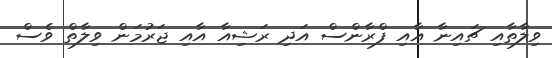
ވިލާތާއި ޗައިނާ އާއި ފްރާންސް އަދި ރަޝިއާ އާއި ޖަރުމަން ވިލާތް ވެސް